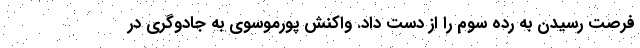
فرصت رسیدن به رده سوم را از دست داد. واکنش پورموسوی به جادوگری در